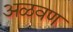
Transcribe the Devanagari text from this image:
अळवण